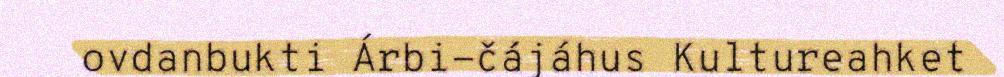
ovdanbukti Árbi-čájáhus Kultureahket